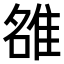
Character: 𨿅